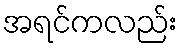
အရင်ကလည်း